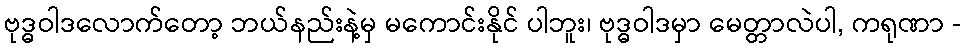
ဗုဒ္ဓဝါဒလောက်တော့ ဘယ်နည်းနဲ့မှ မကောင်းနိုင် ပါဘူး၊ ဗုဒ္ဓဝါဒမှာ မေတ္တာလဲပါ, ကရုဏာ -